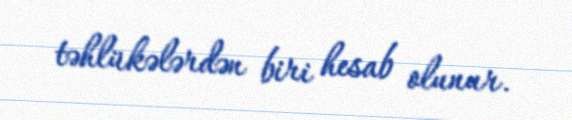
təhlükələrdən biri hesab olunur.